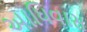
આધિવાસ